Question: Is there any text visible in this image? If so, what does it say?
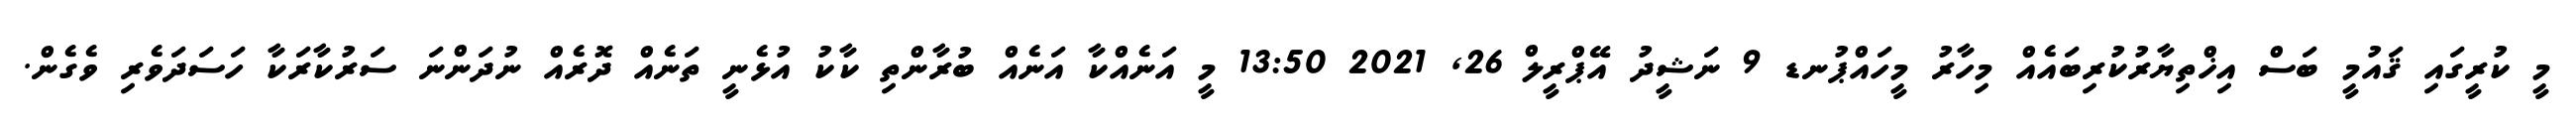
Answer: މީ ކުރީގައި ޤައުމީ ބަސް އިޚްތިޔާރުކުރިބައެއް މިހާރު މީހައްޕުނޑ 9 ނަޝީދު އޭޕްރީލް 26, 2021 13:50 މީ އަނެއްކާ އަނެއް ބުރާންތި ކާކު އުޅެނީ ތަނެއް ދޮރެއް ނުދަންނަ ސަރުކާރަކާ ހަސަދަވެރި ވެގެން.